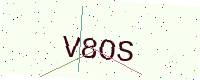
Text: V8OS